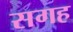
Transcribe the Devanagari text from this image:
सगह